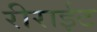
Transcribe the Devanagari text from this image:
रीराईट